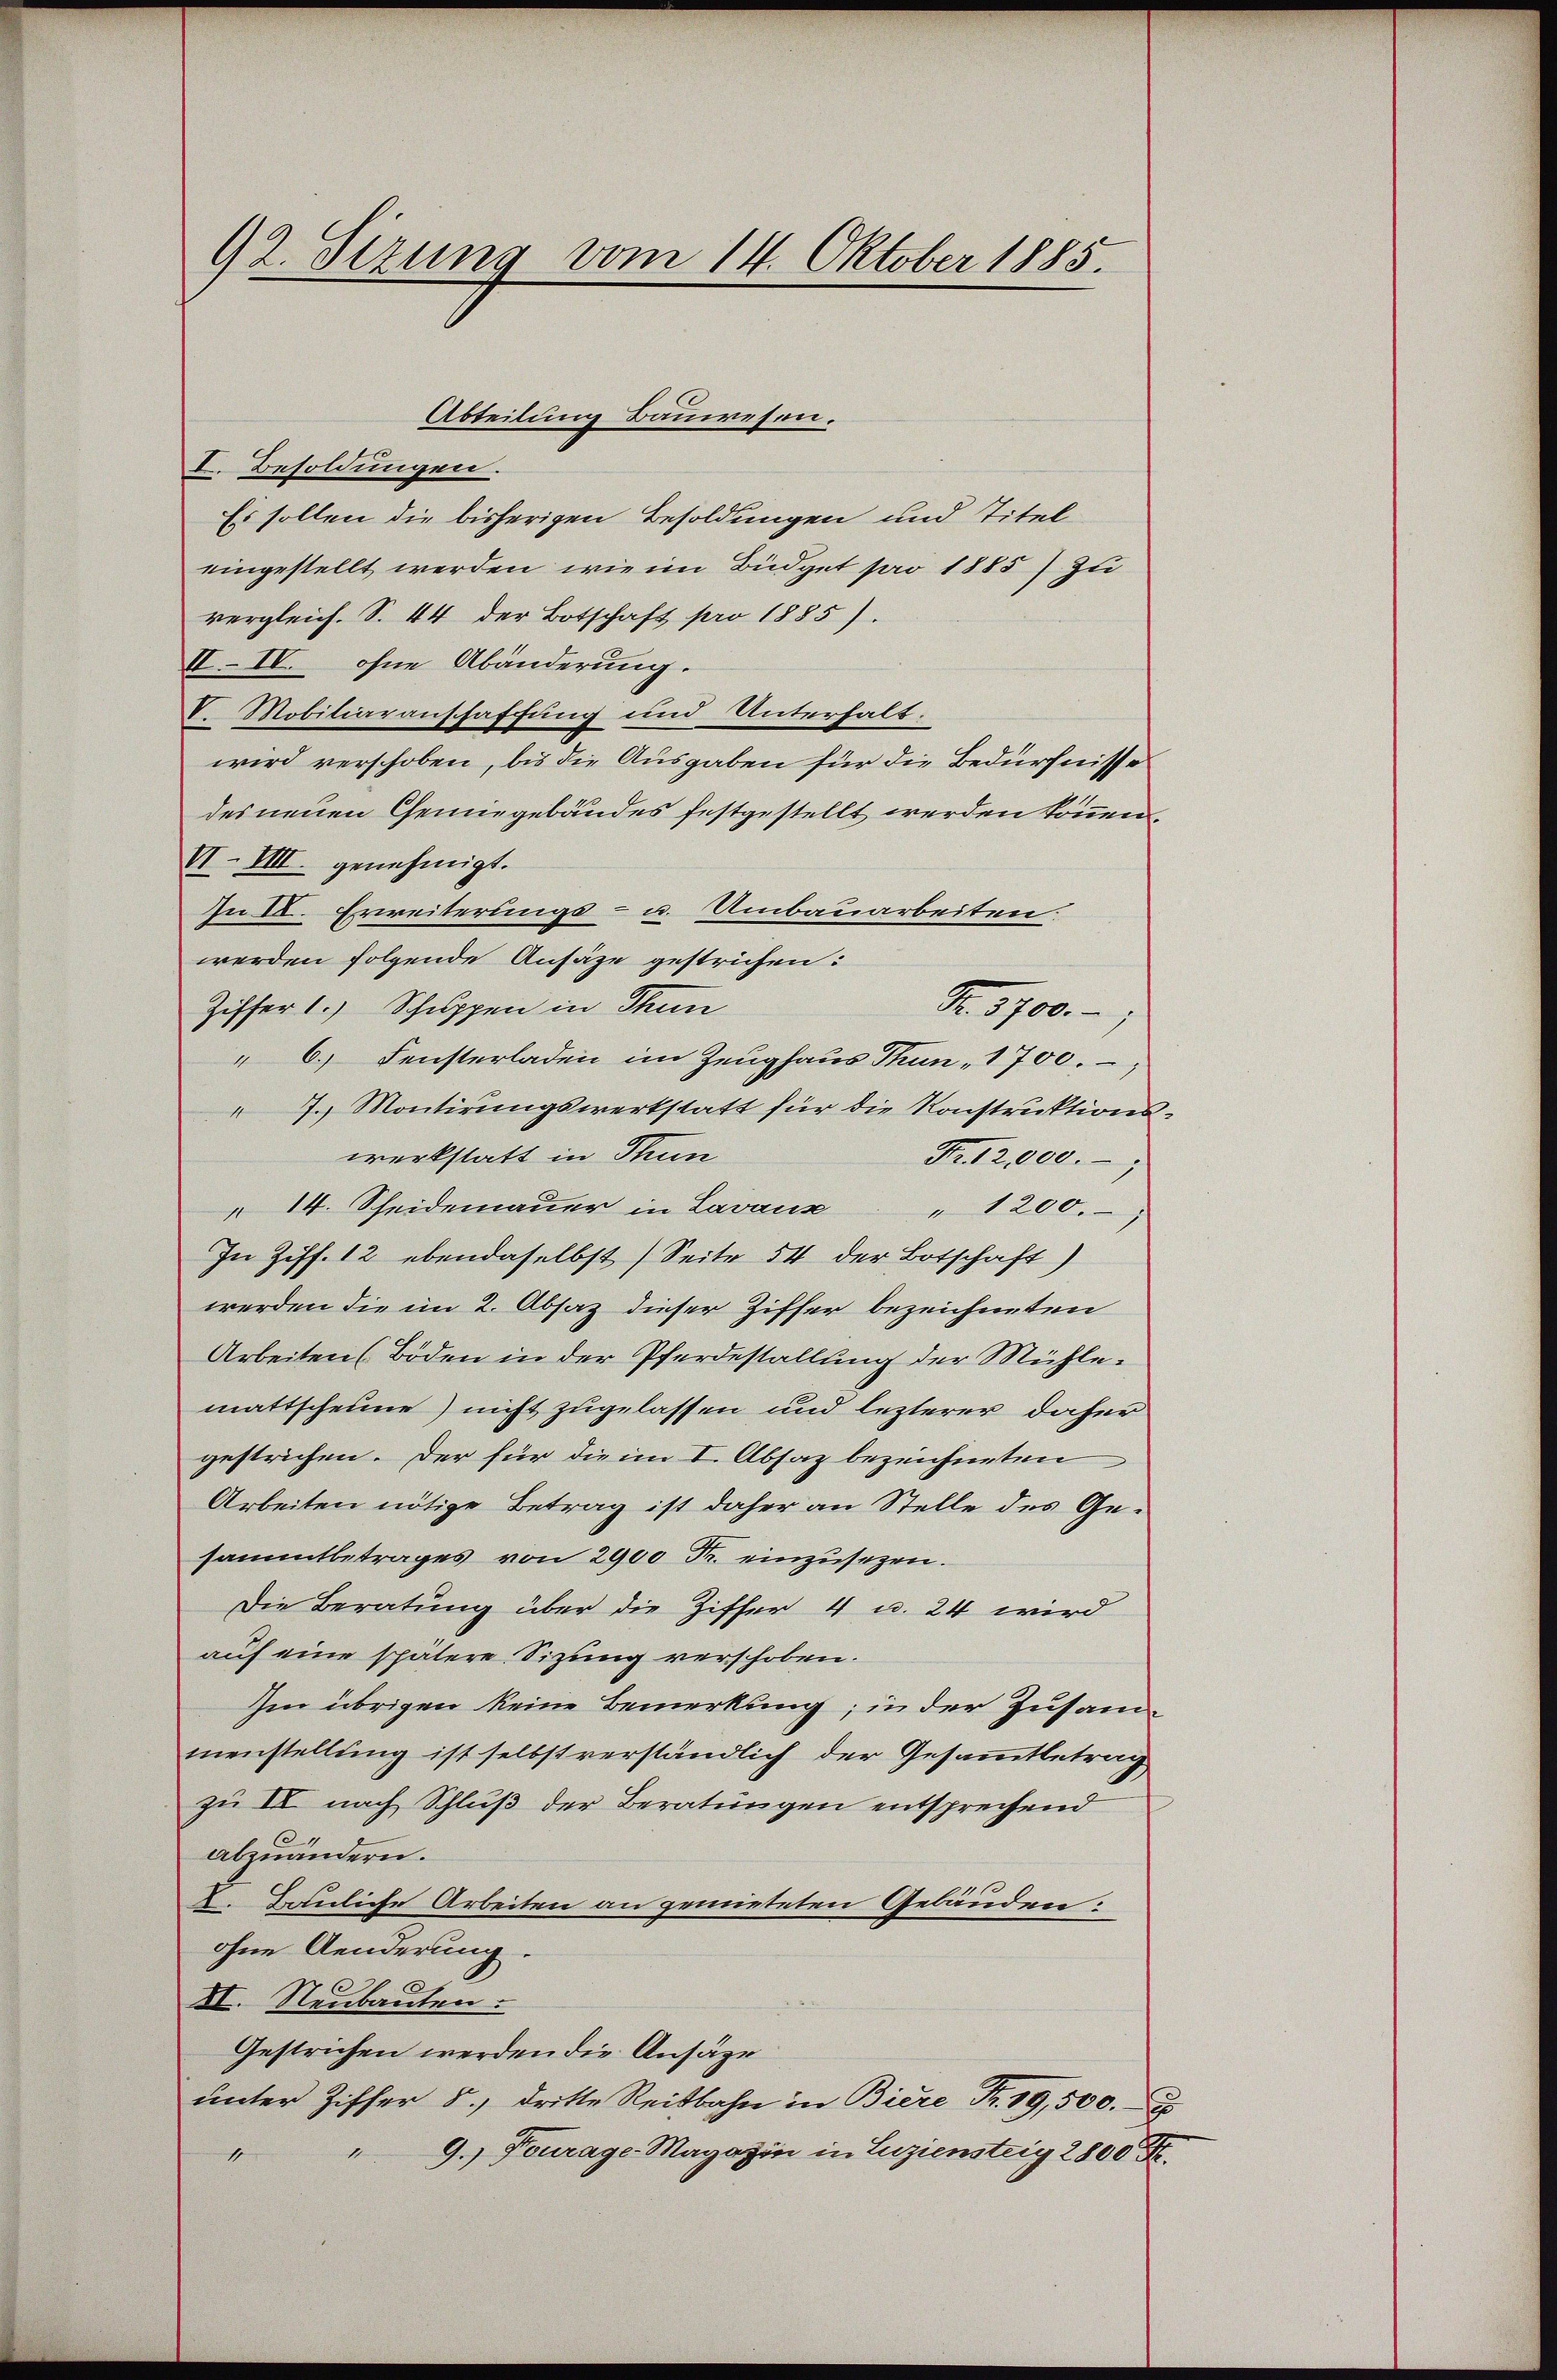
92. Sizung vom 14. Oktober 1885.

I. Besoldungen.
Es sollen die bisherigen Besoldungen und Titel
eingestellt werden, wie im Büdget pro 1885) zu
vergleich. S. 44 der Botschaft pro 1885).
II. IV. ohne Abänderung.
V. Mobiliaranschaffung und Unterhalt.
wird verschoben, bis die Ausgaben für die Bedürfnisse
des neuen Chemiegebäudes festgestellt werden können,
VI. VIII. genehmigt.
In I. Erreiterungs- u. Umbauarbeiten.
werden folgende Ansäze gestrichen:
Ziffer 1.) Schuppen in Thun
" 6. Fensterladen im Zeughaus Thun, 1700.-,
7.) Montirungswerkstatt für die Konstruktionswerkstatt in Thun
Fr. 12,000.
" 14. Scheidemauer in Lavaux " 1200.
In Ziff. 12 ebendaselbst Seite 54 der Botschaft)
werden die im 2. Absaz dieser Ziffer bezeichneten
Arbeiten (Böden in der Pferdestallung der Mühlemattscheine) nicht zugelassen und lezterer daher
gestrichen. Der für die im I. Absaz bezeichneten
Arbeiten nötige Betrag ist daher an Stelle des Gesammtbetrages von 2900 Fr. einzusetzen.
Die Beratung über die Ziffer 4 u. 24 wird
auf eine spätere Sizung verschoben.
Im übrigen keine Bemerkung; in der Zusammenstellung ist selbstverständlich der Gesammtbetrag
zu IV nach Schluß der Beratungen entsprechend
abzuändern.
2. Bauliche Arbeiten an gemieteten Gebäuden.
ohne Aenderung
C
II. Neubauten.
Gestrichen werden die Ansäge
ŭnter Ziffer 5. dritte Reitbahn in Biere Fr. 19,500.
"9.) Fourage-Magazin in Luziensteig 2800 Fr.
1

Abteilung Bauwesen.

Nr. 5700.